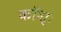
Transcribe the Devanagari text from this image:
कॉश्ः